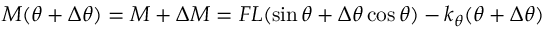
M ( \theta + \Delta \theta ) = M + \Delta M = F L ( \sin \theta + \Delta \theta \cos \theta ) - k _ { \theta } ( \theta + \Delta \theta )